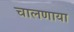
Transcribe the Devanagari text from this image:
चालणाया